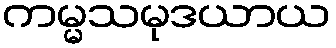
ကမ္မသမုဒယာယ